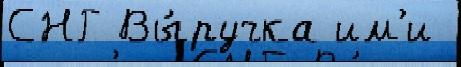
СНГ Вы́ручка им'и